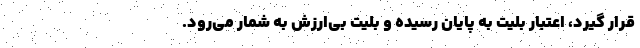
قرار گیرد، اعتبار بلیت به پایان رسیده و بلیت بی‌ارزش به شمار می‌رود.